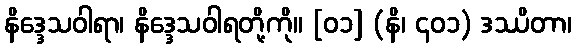
နိဒ္ဒေသဝါရာ၊ နိဒ္ဒေသဝါရတို့ကို။ [၀၁] (နိ၊ ၄၀၁) ဒဿိတာ၊